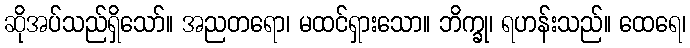
ဆိုအပ်သည်ရှိသော်။ အညတရော၊ မထင်ရှားသော။ ဘိက္ခု၊ ရဟန်းသည်။ ထေရေ၊